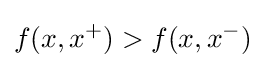
f(x,x^{+})>f(x,x^{-})